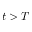
t > T